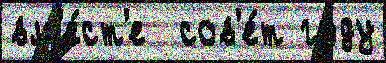
вм'е́ст'е  сов'е́т году